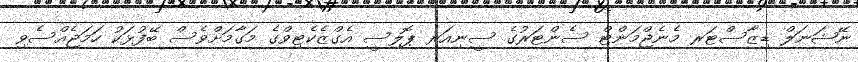
ނޭޝަނަލް ޑިޒާސްޓަރ މެނެޖްމަންޓް ސެންޓަރުގެ ސީނިއަރ ޕޮލިސީ އެގްޒެކެޓިވްގެ މަގާމަށްވެސް ބޭފުޅަކު ހަމަޖެއްސެވި